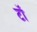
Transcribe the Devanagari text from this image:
टॉ